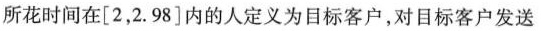
所花时间在[2，2.98]内的人定义为目标客户，对目标客户发送